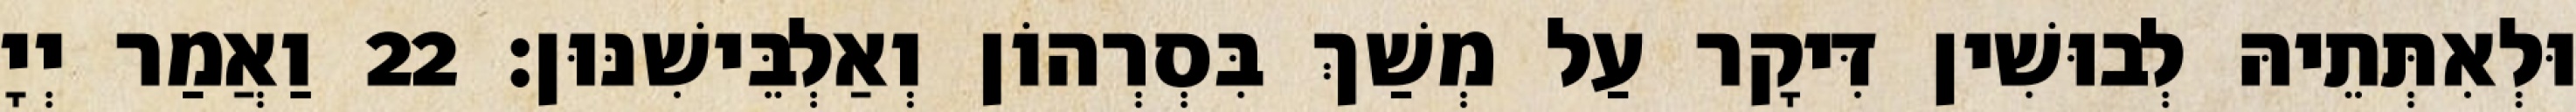
וּלְאִתְּתֵיהּ לְבוּשִׁין דִּיקָר עַל מְשַׁךְ בִּסְרְהוֹן וְאַלְבֵּישִׁנּוּן׃ 22 וַאֲמַר יְיָ